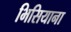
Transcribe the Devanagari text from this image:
भिसियाना